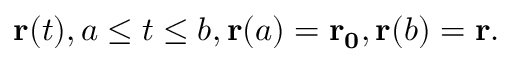
\mathbf { r } ( t ) , a \leq t \leq b , \mathbf { r } ( a ) = \mathbf { r _ { 0 } } , \mathbf { r } ( b ) = \mathbf { r } .